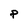
Character: P